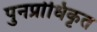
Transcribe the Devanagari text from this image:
पुनर्प्राधिकृत